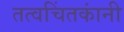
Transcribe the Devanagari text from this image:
तत्वचिंतकांनी